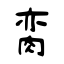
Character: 脔